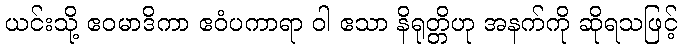
ယင်းသို့ ဧဝမာဒိကာ ဧဝံပကာရာ ဝါ ဧသာ နိရုတ္တိဟု အနက်ကို ဆိုရသဖြင့်